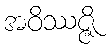
အဝိဿဇ္ဇိ